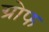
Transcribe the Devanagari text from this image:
ग्रोफ